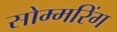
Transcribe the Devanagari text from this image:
सोम्मरिंग